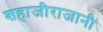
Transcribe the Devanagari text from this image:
शहाजीराजानी